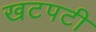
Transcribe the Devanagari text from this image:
खटपटी